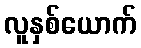
လူနှစ်ယောက်